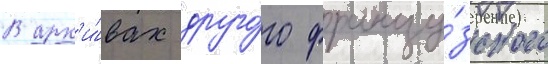
В арх'и́вах друго́го францу́зского